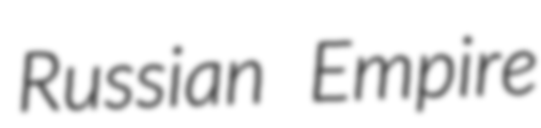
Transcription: Russian Empire